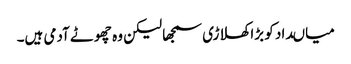
میاںداد کو بڑا کھلاڑی سمجھا لیکن وہ چھوٹے آدمی ہیں۔